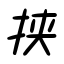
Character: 挟